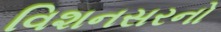
વિશનસરનો